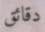
دقائق